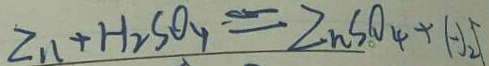
Z n + H _ { 2 } S O _ { y } = Z n S O _ { 4 } + H _ { 2 } \uparrow